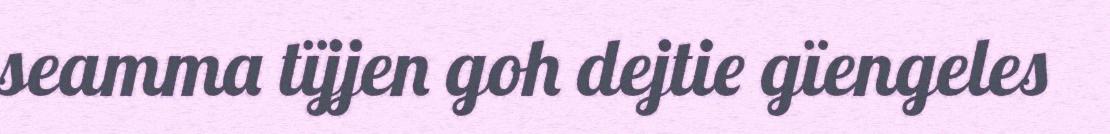
seamma tïjjen goh dejtie gïengeles